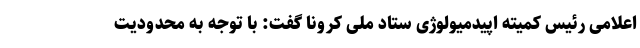
اعلامی رئیس کمیته اپیدمیولوژی ستاد ملی کرونا گفت: با توجه به محدودیت